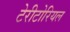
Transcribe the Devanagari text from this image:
टेरीटोरियल